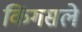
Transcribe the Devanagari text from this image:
किंगसले